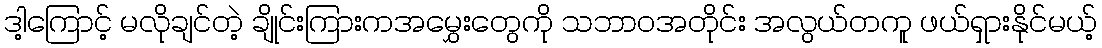
ဒါ့ကြောင့် မလိုချင်တဲ့ ချိုင်းကြားကအမွှေးတွေကို သဘာဝအတိုင်း အလွယ်တကူ ဖယ်ရှားနိုင်မယ့်